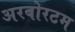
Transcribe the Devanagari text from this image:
अरबोरटम